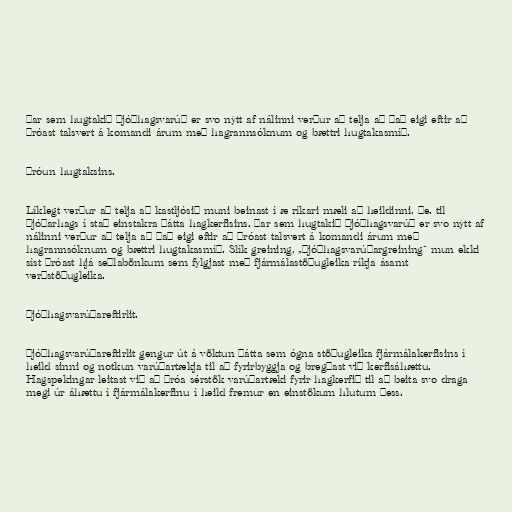
Þar sem hugtakið þjóðhagsvarúð er svo nýtt af nálinni verður að telja að það eigi eftir að
þróast talsvert á komandi árum með hagrannsóknum og bættri hugtakasmíð.

Þróun hugtaksins.

Líklegt verður að telja að kastljósið muni beinast í æ ríkari mæli að heildinni, þe. til
þjóðarhags í stað einstakra þátta hagkerfisins. Þar sem hugtakið þjóðhagsvarúð er svo nýtt af
nálinni verður að telja að það eigi eftir að þróast talsvert á komandi árum með
hagrannsóknum og bættri hugtakasmíð. Slík greining, „þjóðhagsvarúðargreining“ mun ekki
síst þróast hjá seðlabönkum sem fylgjast með fjármálastöðugleika ríkja ásamt
verðstöðugleika.

Þjóðhagsvarúðareftirlit.

Þjóðhagsvarúðareftirlit gengur út á vöktun þátta sem ógna stöðugleika fjármálakerfisins í
heild sinni og notkun varúðartækja til að fyrirbyggja og bregðast við kerfisáhættu.
Hagspekingar leitast við að þróa sérstök varúðartæki fyrir hagkerfið til að beita svo draga
megi úr áhættu í fjármálakerfinu í heild fremur en einstökum hlutum þess.